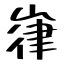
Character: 嵂